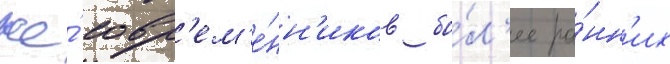
же́ совр'ем'е́нн'иков бо́л'ее ра́нн'их